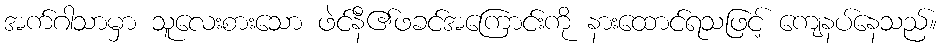
အက်ဂါသာမှာ သူလေးစားသော ဖဲင်နီ၏ဖခင်အကြောင်းကို နားထောင်ရသဖြင့် ကျေနပ်နေသည်။